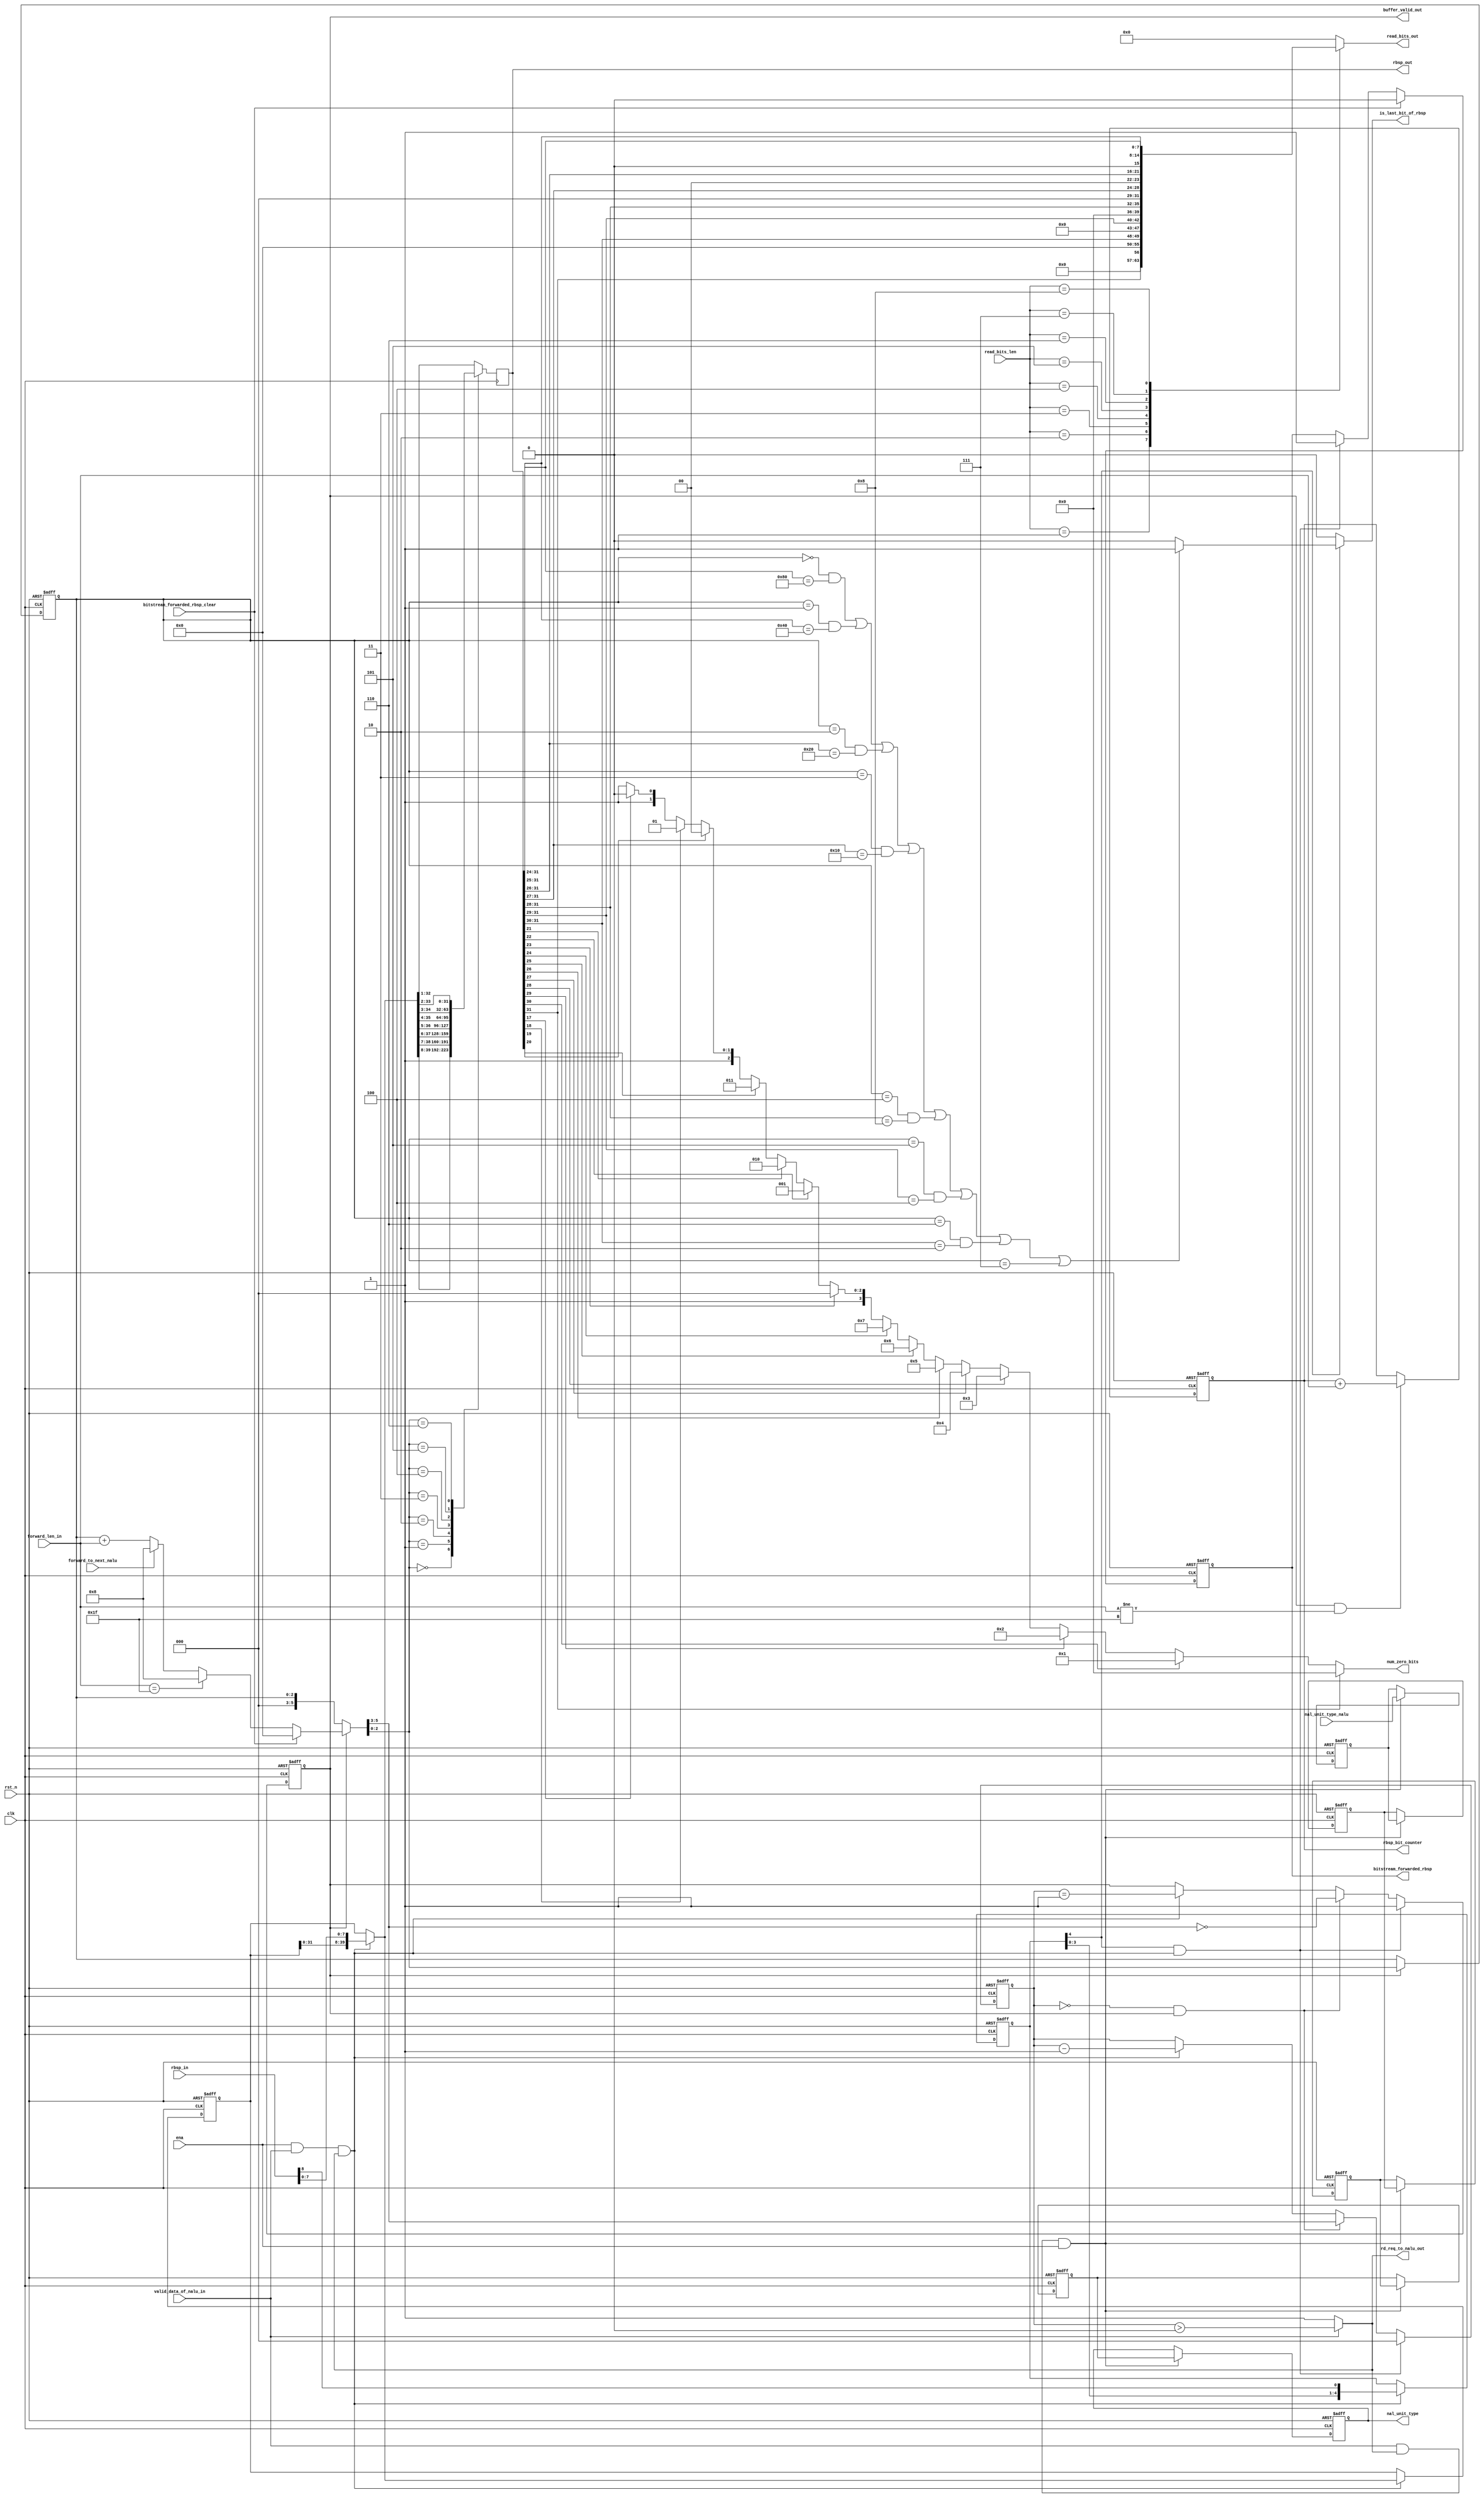
module rbsp_buffer
(
	input clk, //global clock and reset
	input rst_n,
	input ena,
	input valid_data_of_nalu_in, //enable this module, valid data of nalu 
								 //valid data is the data except for start_code, nalu_head, competition_prevent_code
	input [8:0] rbsp_in, //data from read nalu
	input [4:0] nal_unit_type_nalu,
	output [4:0] nal_unit_type,
	input [4:0] forward_len_in, //length of bits to forward 
	input [3:0] read_bits_len,
	output reg [7:0] read_bits_out,

	output rd_req_to_nalu_out,		 //read one byte request to read nalu 
	output reg [31:0] rbsp_out,	         //bits output		     
	output reg is_last_bit_of_rbsp,
	output reg [3:0] num_zero_bits,
	output buffer_valid_out,
	//debug
	output reg [31:0] rbsp_bit_counter,
	output reg bitstream_forwarded_rbsp,
	input bitstream_forwarded_rbsp_clear,
	input forward_to_next_nalu
);

reg [39:0] buffer; // store 4 bytes, if 
reg [4:0]  is_last_byte_of_rbsp;

//next_bits_offset
reg [5:0] next_bits_offset;
reg [2:0] bits_offset;
reg [4:0] nal_unit_type_nalu_d1;
reg [4:0] nal_unit_type_nalu_d2;
reg [4:0] nal_unit_type_nalu_d3;
reg [4:0] nal_unit_type_nalu_d4;
reg [4:0] nal_unit_type_nalu_d5;
wire next_is_bitstream_forwarded_rbsp;

always @(posedge clk or negedge rst_n)
begin
	if (!rst_n)
	begin
		nal_unit_type_nalu_d1 <= 0;
		nal_unit_type_nalu_d2 <= 0;
		nal_unit_type_nalu_d3 <= 0;
		nal_unit_type_nalu_d4 <= 0;
		nal_unit_type_nalu_d5 <= 0;
	end
	else if (valid_data_of_nalu_in && rd_req_to_nalu_out && ena)
	begin
		nal_unit_type_nalu_d1 <= nal_unit_type_nalu;
		nal_unit_type_nalu_d2 <= nal_unit_type_nalu_d1;
		nal_unit_type_nalu_d3 <= nal_unit_type_nalu_d2;
		nal_unit_type_nalu_d4 <= nal_unit_type_nalu_d3;
		nal_unit_type_nalu_d5 <= nal_unit_type_nalu_d4;
	end
end

assign nal_unit_type = nal_unit_type_nalu_d5;
always @(posedge clk or negedge rst_n)
begin
	if (!rst_n)
	begin
		rbsp_bit_counter <= 0;
	end
	else if (buffer_valid_out && forward_len_in != 'h1f )
	begin
		rbsp_bit_counter <= rbsp_bit_counter + forward_len_in;
	end
end
reg bitstream_forwarded_rbsp_reg;

always @(*)
if (~buffer_valid_out)
	next_bits_offset <= bits_offset;
else begin
	if(bitstream_forwarded_rbsp_clear)
		next_bits_offset <= 0;
    else if ( forward_len_in == 'h1f ) // forward_len_in 5'b11111 used to clear rbsp_trailing_bits
        next_bits_offset <= 8;       
	else if(forward_to_next_nalu)
		next_bits_offset <= 8;
    else
        next_bits_offset <= bits_offset + forward_len_in; 
end
 

always @(posedge clk or negedge rst_n)
if (!rst_n) begin
	bitstream_forwarded_rbsp_reg <= 1'b0;
end
else begin
	bitstream_forwarded_rbsp_reg <= bitstream_forwarded_rbsp;
end

//bits_offset	 
always @(posedge clk or negedge rst_n)
if (!rst_n) begin
	bits_offset <= 3'b0;
end
else if ( buffer_valid_out ) begin
	bits_offset <= next_bits_offset[2:0];
end
		
reg [2:0] num_of_byte_to_fill;
reg buffer_valid_out_int;
//num_of_byte_to_fill
always @ (posedge clk or negedge rst_n)
if (!rst_n)begin
	num_of_byte_to_fill <= 5;
	buffer_valid_out_int <= 0;
end
else begin
	if ( num_of_byte_to_fill == 0 && buffer_valid_out )
        begin
    	    num_of_byte_to_fill <= next_bits_offset[5:3];
    	    buffer_valid_out_int <= (next_bits_offset[5:3] == 0);
    	end
    else if ( ena && valid_data_of_nalu_in  && rd_req_to_nalu_out)
        begin
    	    num_of_byte_to_fill <= num_of_byte_to_fill - 1'b1;
    	    buffer_valid_out_int <= (num_of_byte_to_fill == 1);
        end
	if (next_is_bitstream_forwarded_rbsp) begin
		num_of_byte_to_fill <= 0;
		buffer_valid_out_int <= 1'b1;
	end
end

assign buffer_valid_out = buffer_valid_out_int;
//equest data from nalu
assign rd_req_to_nalu_out = valid_data_of_nalu_in? (num_of_byte_to_fill > 0) : 1'b1; 
// if nalu output is invalid, request data from nalu again

//buffer

wire [39:0] next_buffer;
wire [4:0] next_is_last_byte_of_rbsp;
wire buffer_refresh_wire;
assign buffer_refresh_wire = ena && valid_data_of_nalu_in  && rd_req_to_nalu_out;
assign next_buffer = buffer_refresh_wire ? {buffer[31:0], rbsp_in[7:0]} : buffer;

reg forward_to_next_nalu_reg;
always @(posedge clk or negedge rst_n)
if (~rst_n)begin
	bitstream_forwarded_rbsp <= 0;
end
else begin
	if (bitstream_forwarded_rbsp_clear) begin
		bitstream_forwarded_rbsp <= 1'b0;
	end
	else if (is_last_byte_of_rbsp[4] && buffer_refresh_wire)begin
		bitstream_forwarded_rbsp <= 1'b1;
	end
end
assign next_is_bitstream_forwarded_rbsp = is_last_byte_of_rbsp[4] && buffer_refresh_wire;

always @ (posedge clk or negedge rst_n) 
if (!rst_n)begin
	buffer <= 32'b0;
	is_last_byte_of_rbsp <= 6'b0;
end
else if(buffer_refresh_wire)begin		   
    buffer[39:0] <= next_buffer;
	is_last_byte_of_rbsp[4:0] <= {is_last_byte_of_rbsp[3:0], rbsp_in[8]};

end


reg [31:0] next_rbsp_out;
always@(*)
	case (next_bits_offset[2:0])
	0  :next_rbsp_out <= next_buffer[39:8];
	1  :next_rbsp_out <= next_buffer[38:7];
	2  :next_rbsp_out <= next_buffer[37:6];
	3  :next_rbsp_out <= next_buffer[36:5];
	4  :next_rbsp_out <= next_buffer[35:4];
	5  :next_rbsp_out <= next_buffer[34:3];
	6  :next_rbsp_out <= next_buffer[33:2];
	default  :next_rbsp_out <= next_buffer[32:1];
	endcase

always@(posedge clk)
	rbsp_out <= next_rbsp_out;

always @(*)
	case ( 1'b1 )   
	rbsp_out[31] : num_zero_bits <= 0;
	rbsp_out[30] : num_zero_bits <= 1;
	rbsp_out[29] : num_zero_bits <= 2;
	rbsp_out[28] : num_zero_bits <= 3;
	rbsp_out[27] : num_zero_bits <= 4;
	rbsp_out[26] : num_zero_bits <= 5;
	rbsp_out[25] : num_zero_bits <= 6;
	rbsp_out[24] : num_zero_bits <= 7;
	rbsp_out[23] : num_zero_bits <= 8;
	rbsp_out[22] : num_zero_bits <= 9;
	rbsp_out[21] : num_zero_bits <= 10;
	rbsp_out[20] : num_zero_bits <= 11;
	rbsp_out[19] : num_zero_bits <= 12;
	rbsp_out[18] : num_zero_bits <= 13;
	rbsp_out[17] : num_zero_bits <= 14;   
	default     : num_zero_bits <= 15;       
	endcase



always @(*) begin
	is_last_bit_of_rbsp = 0;	
	if( is_last_byte_of_rbsp[4]) begin
		if (bits_offset == 0 && rbsp_out[31:24] == 8'h80 || 
		    bits_offset == 1 && rbsp_out[31:25] == 7'h40 ||
			bits_offset == 2 && rbsp_out[31:26] == 6'h20 ||
			bits_offset == 3 && rbsp_out[31:27] == 5'h10 ||
			bits_offset == 4 && rbsp_out[31:28] == 4'h8 ||
			bits_offset == 5 && rbsp_out[31:29] == 3'h4 ||
			bits_offset == 6 && rbsp_out[31:30] == 2'h2 ||
			bits_offset == 7)
			is_last_bit_of_rbsp = 1;
	end
end


always @(*)
case ( read_bits_len )
1 : read_bits_out <= rbsp_out[31:31];
2 : read_bits_out <= rbsp_out[31:30];
3 : read_bits_out <= rbsp_out[31:29];
4 : read_bits_out <= rbsp_out[31:28];
5 : read_bits_out <= rbsp_out[31:27];
6 : read_bits_out <= rbsp_out[31:26];
7 : read_bits_out <= rbsp_out[31:25];
8 : read_bits_out <= rbsp_out[31:24];
default: read_bits_out <= 0;
endcase

endmodule